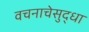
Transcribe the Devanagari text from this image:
वचनाचेसुद्धा